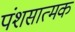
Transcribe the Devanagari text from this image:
पंशसात्मक